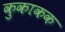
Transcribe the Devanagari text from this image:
कुकाकक